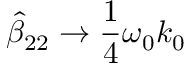
\hat { \beta } _ { 2 2 } \to \frac { 1 } { 4 } \omega _ { 0 } k _ { 0 }